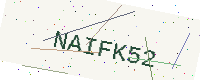
Text: NAIFK52